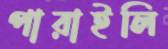
পারাইলি